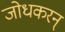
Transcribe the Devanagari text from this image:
जोधकरन्